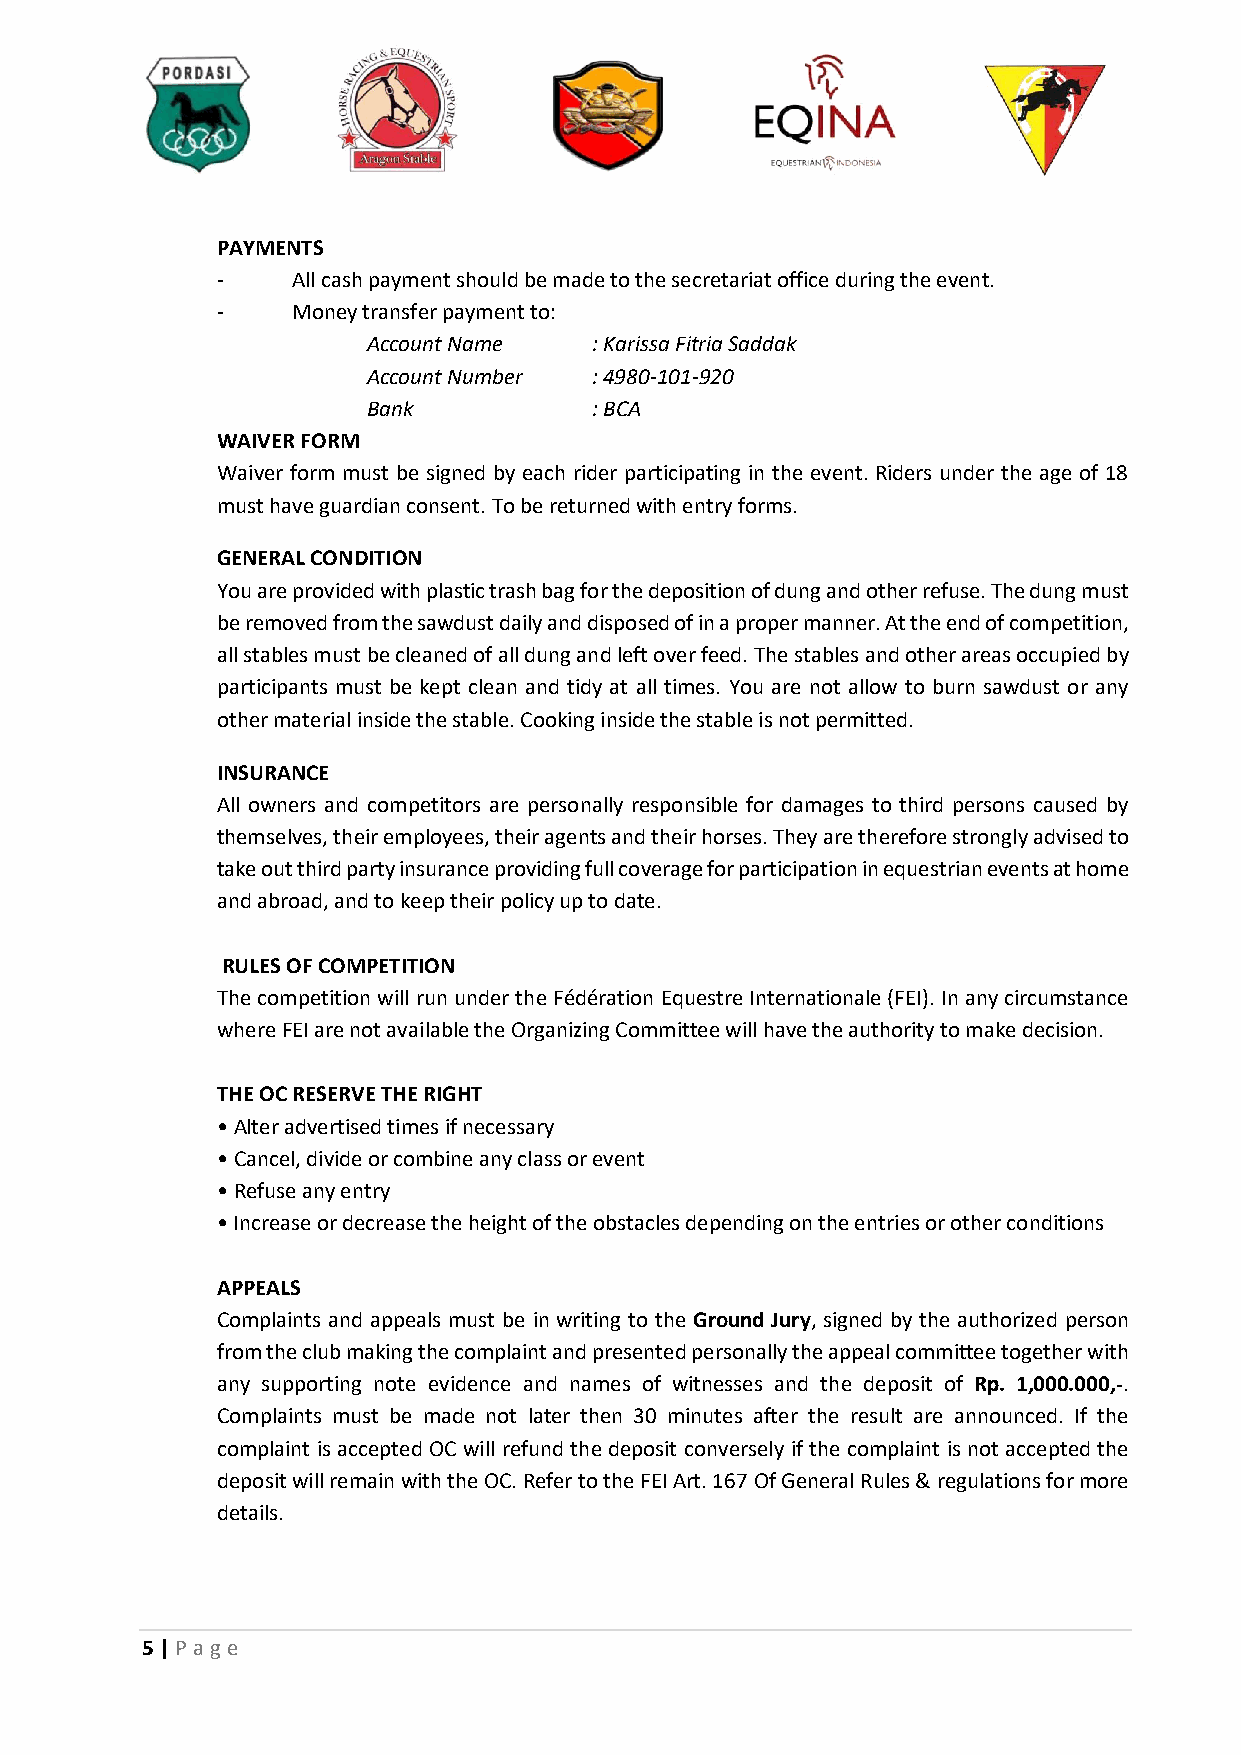
PAYMENTS
 -    All cash payment should be made to the secretariat office during the event.
 -    Money transfer payment to:
 Account Name   : Karissa Fitria Saddak
 Account Number : 4980-101-920
 Bank           : BCA
 WAIVER FORM
 Waiver form must be signed by each rider participating in the event. Riders under the age of 18
 must have guardian consent. To be returned with entry forms.
 GENERAL CONDITION
 You are provided with plastic trash bag for the deposition of dung and other refuse. The dung must
 be removed from the sawdust daily and disposed of in a proper manner. At the end of competition,
 all stables must be cleaned of all dung and left over feed. The stables and other areas occupied by
 participants must be kept clean and tidy at all times. You are not allow to burn sawdust or any
 other material inside the stable. Cooking inside the stable is not permitted.
 INSURANCE
 All owners and competitors are personally responsible for damages to third persons caused by
 themselves, their employees, their agents and their horses. They are therefore strongly advised to
 take out third party insurance providing full coverage for participation in equestrian events at home
 and abroad, and to keep their policy up to date.
 RULES OF COMPETITION
 The competition will run under the Fédération Equestre Internationale (FEI). In any circumstance
 where FEI are not available the Organizing Committee will have the authority to make decision.
 THE OC RESERVE THE RIGHT
 • Alter advertised times if necessary
 • Cancel, divide or combine any class or event
 • Refuse any entry
 • Increase or decrease the height of the obstacles depending on the entries or other conditions
 APPEALS
 Complaints and appeals must be in writing to the Ground Jury, signed by the authorized person
 from the club making the complaint and presented personally the appeal committee together with
 any supporting note evidence and names of witnesses and the deposit of Rp. 1,000.000,-.
 Complaints must be made not later then 30 minutes after the result are announced. If the
 complaint is accepted OC will refund the deposit conversely if the complaint is not accepted the
 deposit will remain with the OC. Refer to the FEI Art. 167 Of General Rules & regulations for more
 details.
 5 | P age